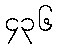
၄၃၆